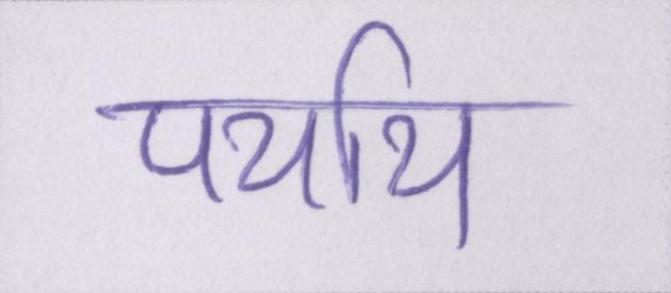
पर्याय